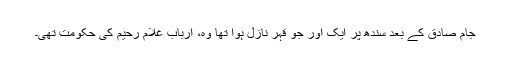
جام صادق کے بعد سندھ پر ایک اور جو قہر نازل ہوا تھا وہ، ارباب غلام رحیم کی حکومت تھی۔